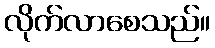
လိုက်လာစေသည်။